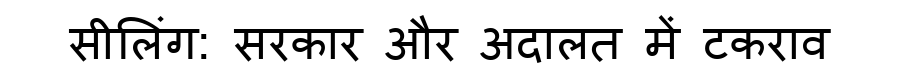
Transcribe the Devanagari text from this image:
सीलिंग: सरकार और अदालत में टकराव